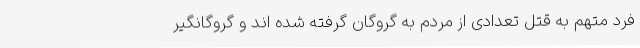
فرد متهم به قتل تعدادی از مردم به گروگان گرفته شده اند و گروگانگیر